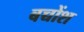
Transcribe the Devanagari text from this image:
बच्चोंश